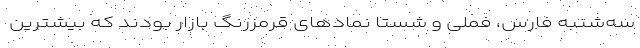
سه‌‌شنبه فارس، فملی و شستا نمادهای قرمزرنگ بازار بودند که بیشترین